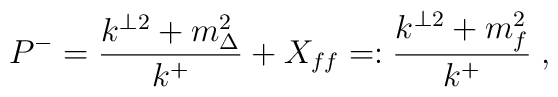
P^-=\frac{k^{\perp 2} +m^2_\Delta}{k^+}+X_{ff}=: \frac{k^{\perp 2}+m^2_{f}}{k^+} \; ,